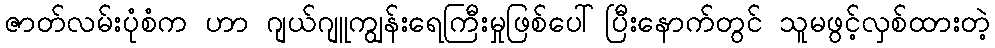
ဇာတ်လမ်းပုံစံက ဟာ ဂျယ်ဂျူကျွန်းရေကြီးမှုဖြစ်ပေါ်ပြီးနောက်တွင် သူမဖွင့်လှစ်ထားတဲ့